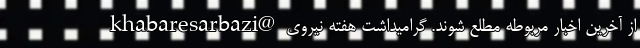
khabaresarbazi@ از آخرین اخبار مربوطه مطلع شوند. گرامیداشت هفته نیروی